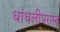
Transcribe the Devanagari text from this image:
धांधलीपरास्त